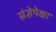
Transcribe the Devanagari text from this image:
संज्ञेपेक्षा